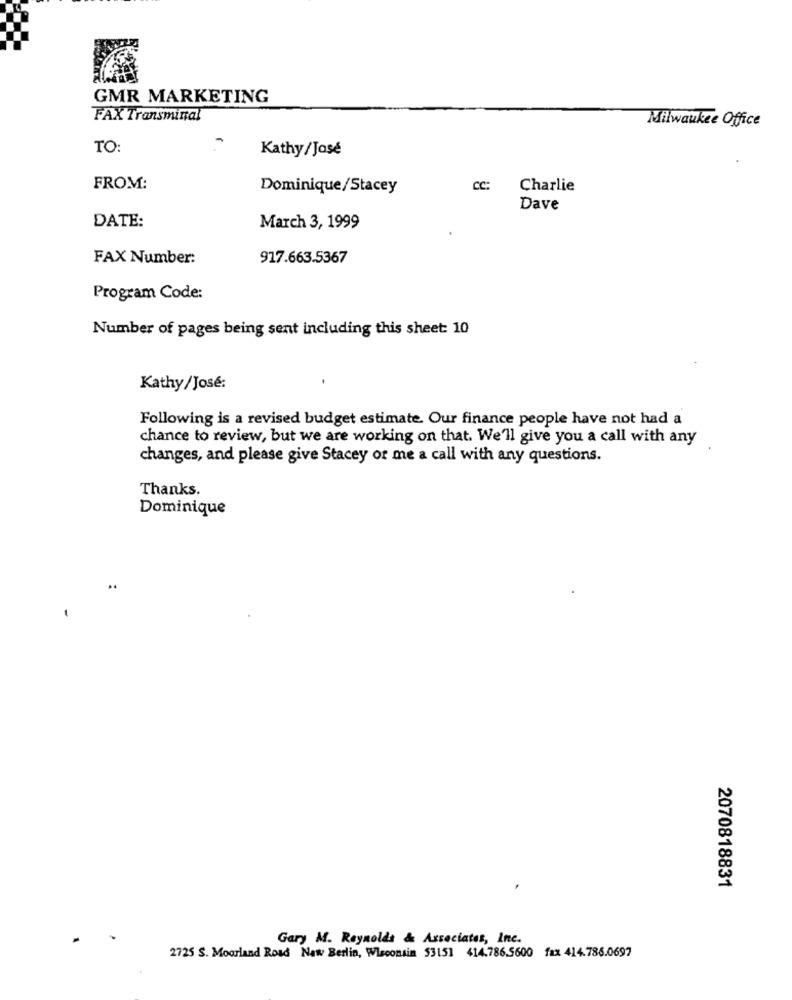
GMR MARKETING
FAX Transminal
Milwaukee Office
TO:
Kathy/José
FROM:
Dominique/Stacey
CC:
Charlie
Dave
DATE:
March 3, 1999
FAX Number:
917.663.5367
Program Code:
Number of pages being sent including this sheet: 10
Kathy/José:
Following is a revised budget estimate. Our finance people have not had a
chance to review, but we are working on that. We'll give you a call with any
changes, and please give Stacey or me a call with any questions.
Thanks.
Dominique
2070818831
Gary M. Reynolds & Associates, Inc.
2725 S. Moorland Road New Berlin, Wisconsin 53151 414.786.5600 fax 414.786.0697